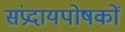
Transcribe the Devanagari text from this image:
संप्रदायपोषकों